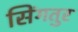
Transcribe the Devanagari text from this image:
सिंगतुर